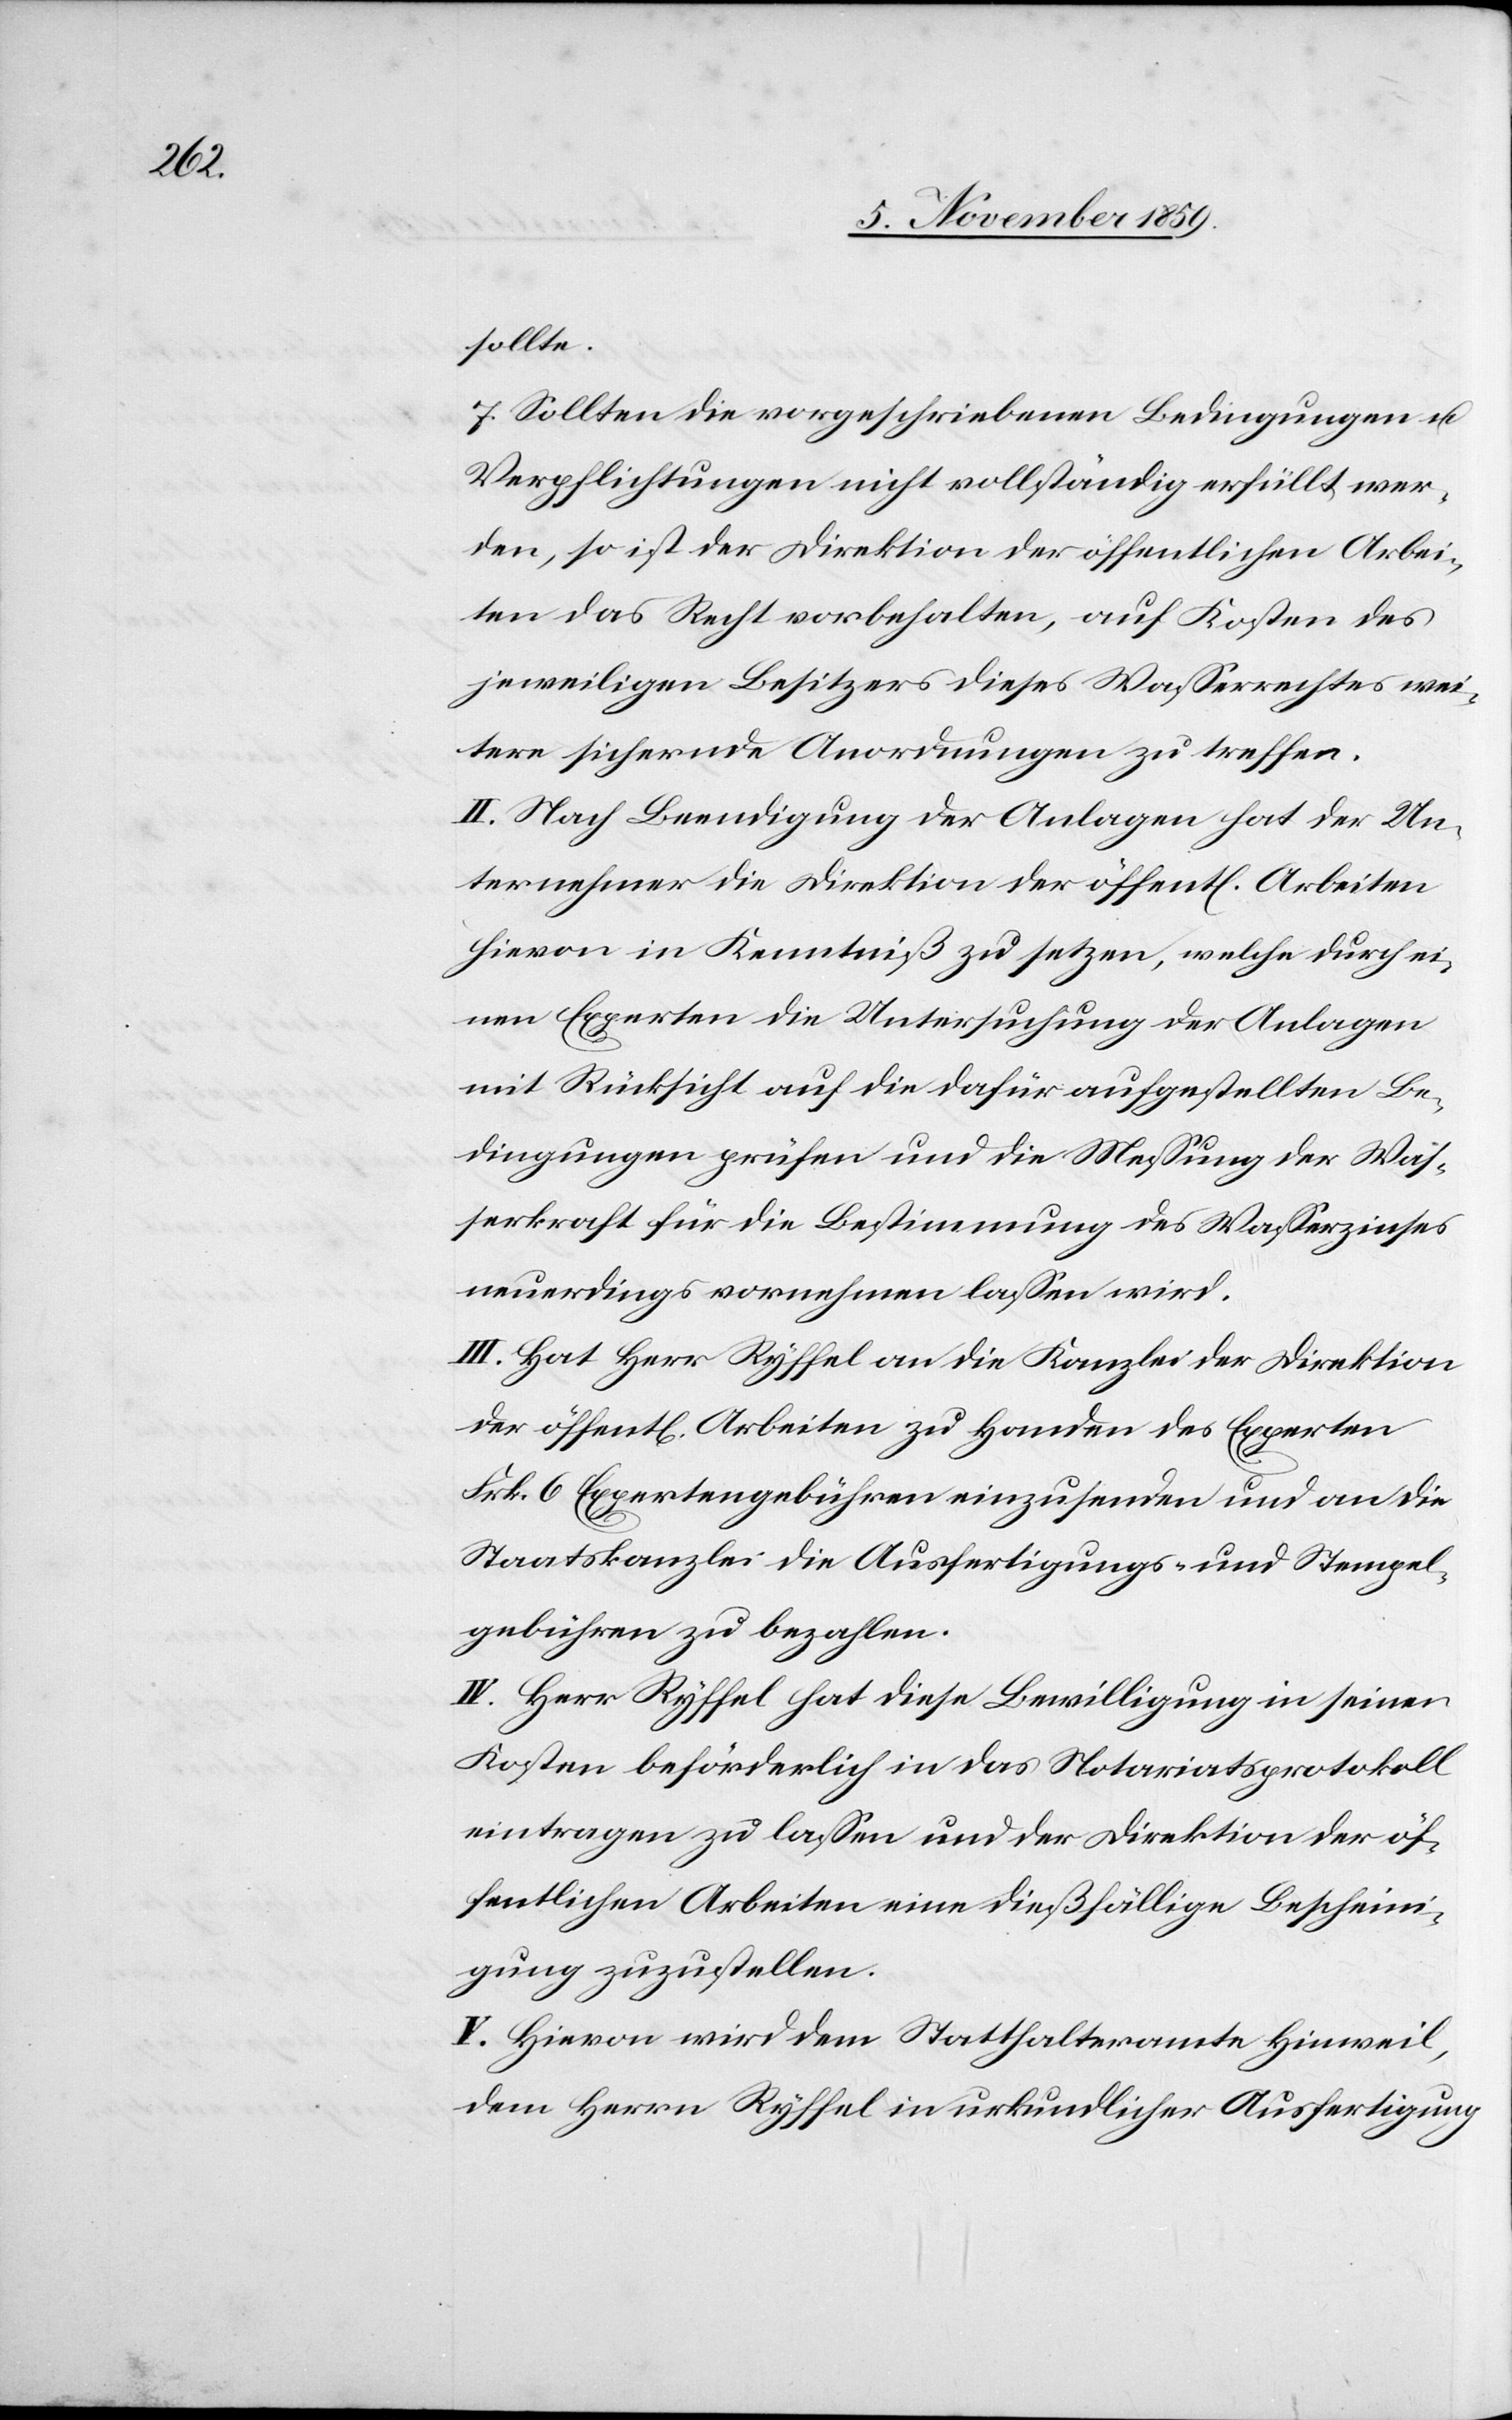
sollte.
7. Sollten die vorgeschriebenen Bedingungen &
Verpflichtungen nicht vollständig erfüllt wer¬
den, so ist der Direktion der öffentlichen Arbei¬
ten das Recht vorbehalten, auf Kosten des
jeweiligen Besitzers dieses Wasserrechtes wei¬
tere sichernde Anordnungen zu treffen.
II. Nach Beendigung der Anlagen hat der Un¬
ternehmer die Direktion der öffentl[ichen] Arbeiten
hievon in Kenntniß zu setzen, welche durch ei¬
nen Experten die Untersuchung der Anlagen
mit Rücksicht auf die dafür aufgestellten Be¬
dingungen prüfen und die Messung der Was¬
serkraft für die Bestimmung des Wasserzinses
neuerdings vornehmen lassen wird.
III. Hat Herr Ryffel an die Kanzlei der Direktion
der öffentl[ichen] Arbeiten zu Handen des Experten
Frk. 6 Expertengebühr einzusenden und an die
Staatskanzlei die Ausfertigungs- und Stempel¬
gebühren zu bezahlen.
IV. Herr Ryffel hat diese Bewilligung in seinen
Kosten beförderlich in das Notariatsprotokoll
eintragen zu lassen und der Direktion der öf¬
fentlichen Arbeiten eine dießfällige Bescheini¬
gung zuzustellen.
V. Hievon wird dem Statthalteramte Hinweil,
dem Herrn Ryffel in urkundlicher Ausfertigung